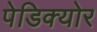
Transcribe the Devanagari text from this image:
पेडिक्‍योर